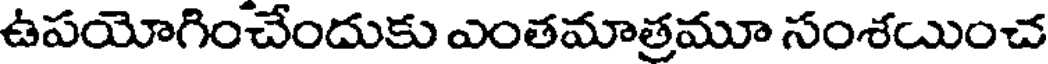
ఉపయోగించేందుకు ఎంతమాత్రమూ సంశయించ